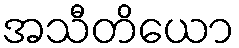
အသီတိယော